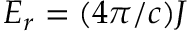
E _ { r } = ( 4 \pi / c ) J